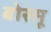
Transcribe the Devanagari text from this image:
बोस्सू